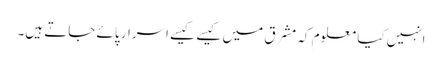
انہیں کیا معلوم کہ مشرق میں کیسے کیسے اسرار پائے جاتے ہیں۔